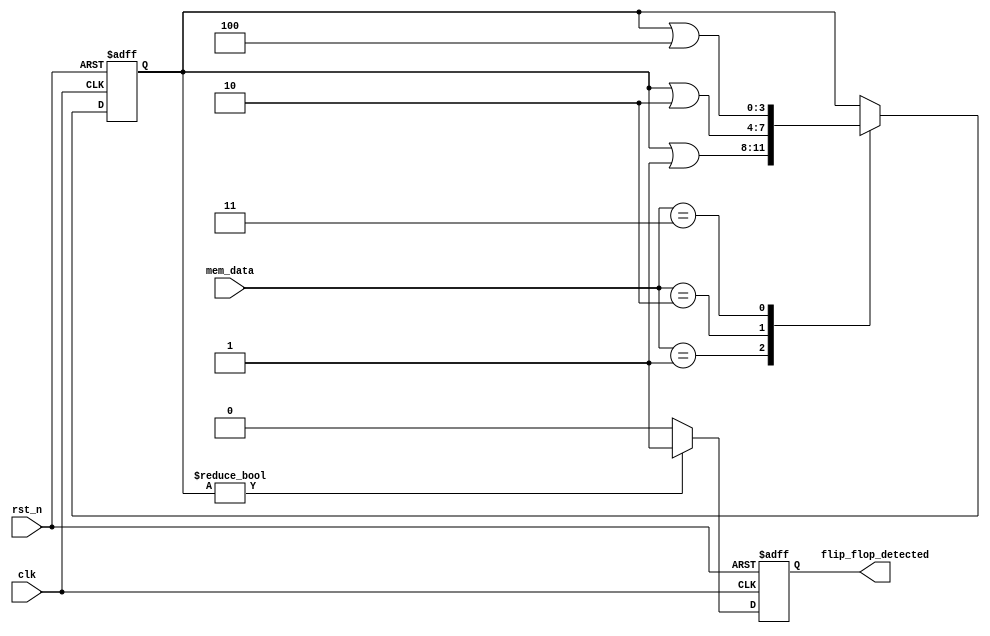
module flip_flop_detector (
    input wire clk,               // Clock signal
    input wire rst_n,             // Active-low reset
    input wire [7:0] mem_data,    // Memory block data lines (example: 8-bit wide)
    output reg flip_flop_detected  // Output signal indicating flip-flop presence
);

// Parameter for pattern matching (example patterns)
parameter PATTERN_SET  = 8'b00000001;
parameter PATTERN_RESET = 8'b00000010;
parameter PATTERN_TOGGLE = 8'b00000011;

// Intermediate signals for pattern detection
reg [7:0] pattern_detected;

// Controls for cascading mechanism
reg [3:0] detected_stage;

// Sequential Logic for Reset & Detection Process
always @(posedge clk or negedge rst_n) begin
    if (!rst_n) begin
        flip_flop_detected <= 1'b0; // Reset output signal
        detected_stage <= 4'b0000; // Reset detected stage
    end else begin
        // Detect patterns in memory data
        case (mem_data)
            PATTERN_SET: begin
                detected_stage <= detected_stage | 4'b0001; // Set detected
            end
            PATTERN_RESET: begin
                detected_stage <= detected_stage | 4'b0010; // Reset detected
            end
            PATTERN_TOGGLE: begin
                detected_stage <= detected_stage | 4'b0100; // Toggle detected
            end
            default: begin
                // No specific pattern
            end
        endcase
        
        // Cascaded detection logic
        if (detected_stage != 4'b0000) begin
            flip_flop_detected <= 1'b1; // Set detection output if any pattern found
        end else begin
            flip_flop_detected <= 1'b0; // Clear detection output
        end
    end
end

endmodule